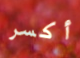
أكسر